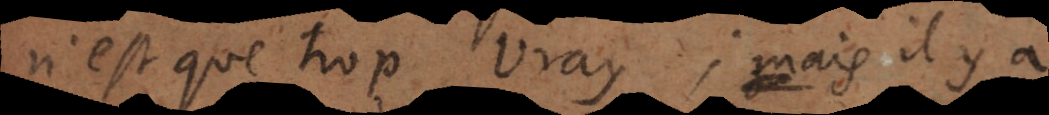
n’est que trop vray; mais il y a